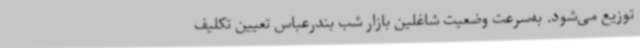
توزیع می‌شود. به‌سرعت وضعیت شاغلین بازار شب بندرعباس تعیین تکلیف